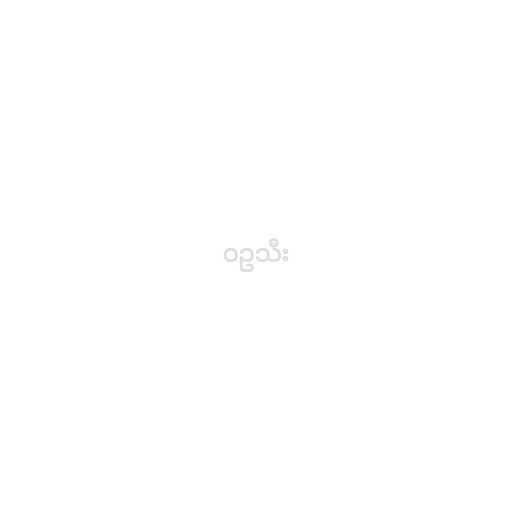
ဝဥသီး